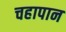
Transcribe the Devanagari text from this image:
चहापान